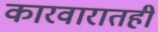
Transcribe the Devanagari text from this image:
कारवारातही